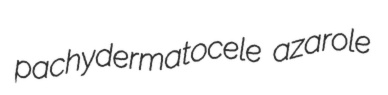
pachydermatocele azarole